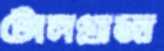
টোলপ্লাজা